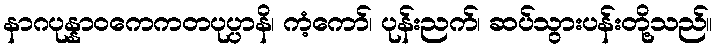
နာဂပုန္နာဝကေကတပုပ္ပာနိ၊ ကံ့ကော်၊ ပုန်းညက်၊ ဆပ်သွားပန်းတို့သည်။